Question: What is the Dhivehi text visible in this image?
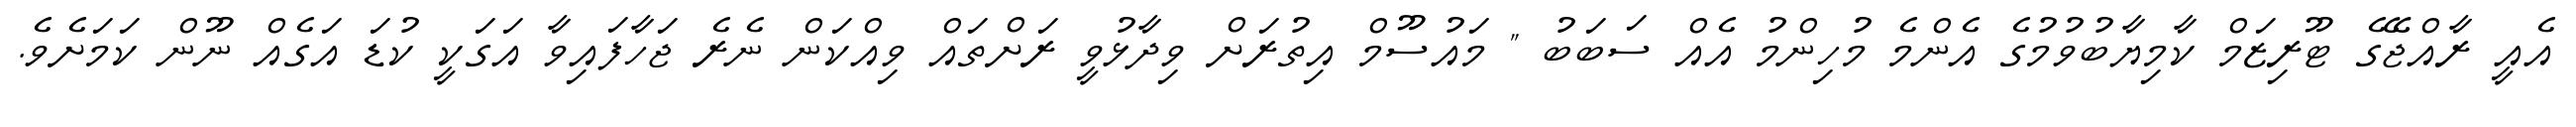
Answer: އެއީ ރާއްޖޭގެ ޓޫރިޒަމް ކާމިޔާބުވުމުގެ އެންމެ މުހިންމު އެއް ސަބަބު " މައުސޫމް އިތުރަށް ވިދާޅުވީ ރަށްތައް ވިއްކަން ނެރެ ޖަހާފައިވާ އަގަކީ ކުޑަ އަގެއް ނޫން ކަމަށެވެ.